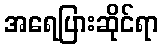
အရေပြားဆိုင်ရာ